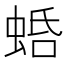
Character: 𧋣